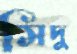
সিদু